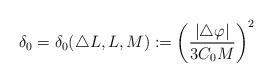
LaTeX: \begin{align*}\delta_0=\delta_0 (\triangle L, L, M):=\left(\frac{|\triangle\varphi|}{3C_0 M}\right)^2\end{align*}